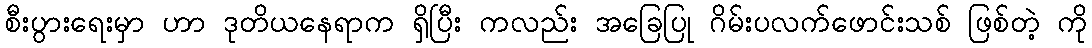
စီးပွားရေးမှာ ဟာ ဒုတိယနေရာက ရှိပြီး ကလည်း အခြေပြု ဂိမ်းပလက်ဖောင်းသစ် ဖြစ်တဲ့ ကို